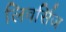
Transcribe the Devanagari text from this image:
लिवर्सिज